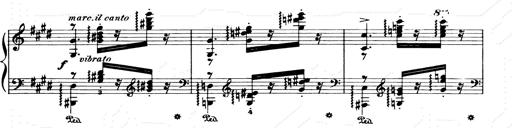
Title: Consolations and LiebestrÃ¤ume for the Piano
Composer: Franz Liszt